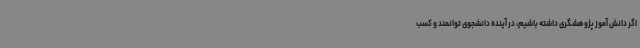
اگر دانش آموز پژوهشگری داشته باشیم، در آینده دانشجوی توانمند و کسب